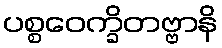
ပစ္စဝေက္ခိတဗ္ဗာနိ